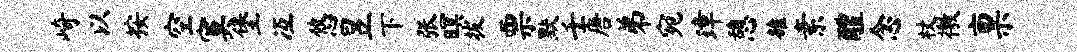
崎以按空寞堡冱悠昱下张暝拔票默壬唐弟宛璋憩雒素醴念杖徼禀